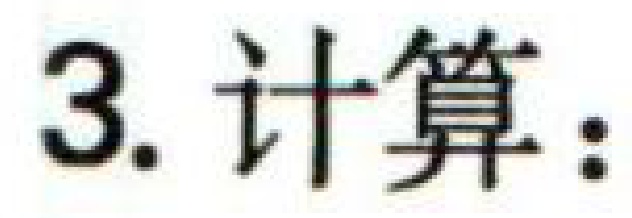
3. 计算：